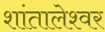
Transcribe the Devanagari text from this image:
शांतालेश्वर